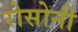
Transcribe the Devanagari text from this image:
रोसोनी